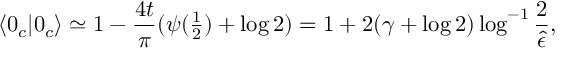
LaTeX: \langle 0 _ { c } | 0 _ { c } \rangle \simeq 1 - { \frac { 4 t } { \pi } } ( \psi ( { \textstyle { \frac { 1 } { 2 } } } ) + \log 2 ) = 1 + 2 ( \gamma + \log 2 ) \log ^ { - 1 } { \frac { 2 } { \hat { \epsilon } } } ,